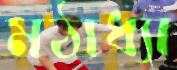
মঠাধ্যা